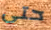
حتى